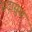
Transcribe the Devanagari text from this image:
सदासुख